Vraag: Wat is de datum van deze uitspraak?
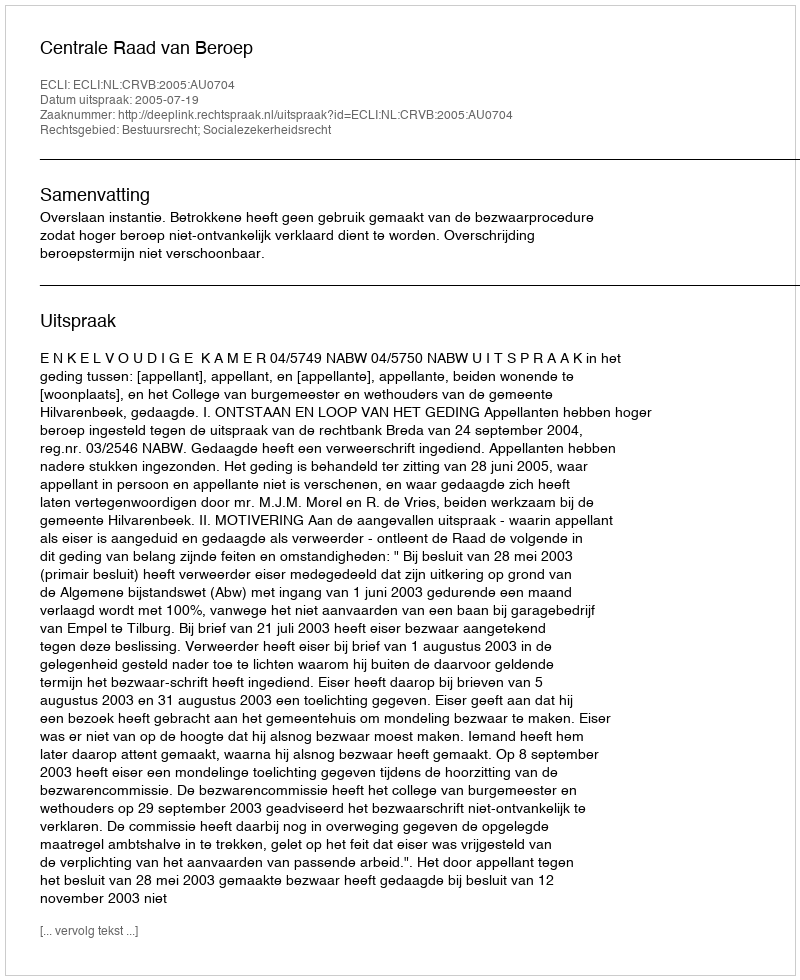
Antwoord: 2005-07-19